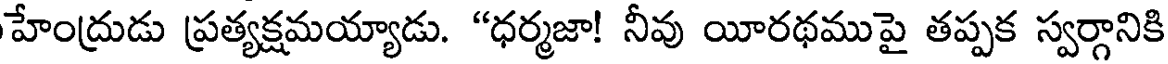
హేంద్రుడు ప్రత్యక్షమయ్యాడు. "ధర్మజా! నీవు యీరథముపై తప్పక స్వర్గానికి